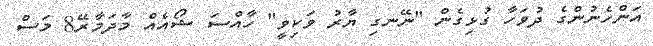
އަންހެނުންގެ ދުވަހާ ގުޅިގެން "ނޭނގި ޔާރު ވަކިވީ" ހާއްސަ ޝޯއެއް މާދަމާރޭ8 މަސް